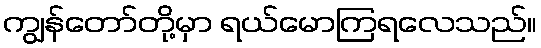
ကျွန်တော်တို့မှာ ရယ်မောကြရလေသည်။